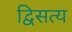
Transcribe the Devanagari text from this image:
द्विसत्य